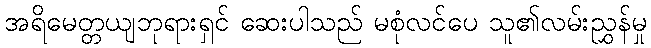
အရိမေတ္တယျဘုရားရှင် ဆေးပါသည် မစုံလင်ပေ သူ၏လမ်းညွှန်မှု